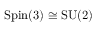
\mathrm { S p i n } ( 3 ) \cong \mathrm { S U } ( 2 )